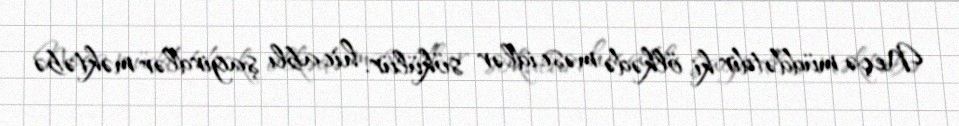
Neçə müddətdir ki, ölkədə məscidlər sökülür, hicablı şagirdlər məktəbə